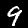
Label: 9